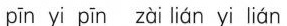
pīn yi pīn zài lián yi lián